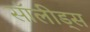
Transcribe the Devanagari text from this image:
सॉलीड्स